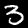
Digit: 3